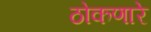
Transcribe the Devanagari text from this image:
ठोकणारे